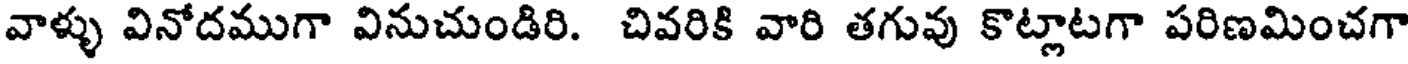
వాళ్ళు వినోదముగా వినుచుండిరి. చివరికి వారి తగువు కొట్లాటగా పరిణమించగా